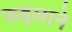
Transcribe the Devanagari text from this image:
फइलाने